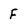
Character: F